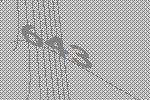
643